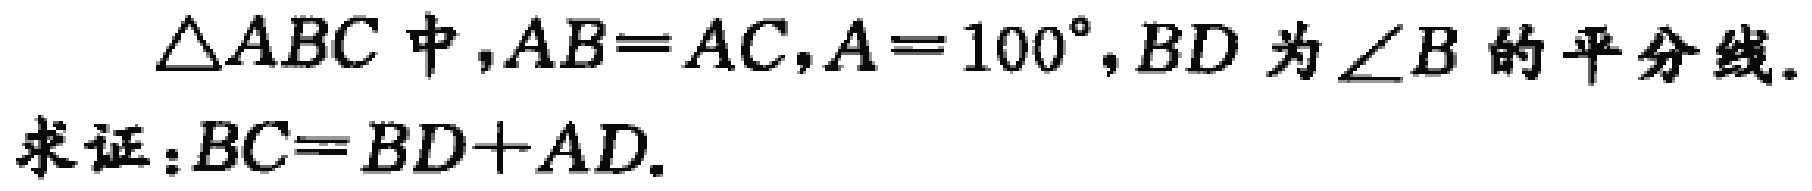
$\triangle ABC中,AB = AC,A = 100^{\circ},BD为\angle B的平分线.$
$求证:BC = BD + AD.$